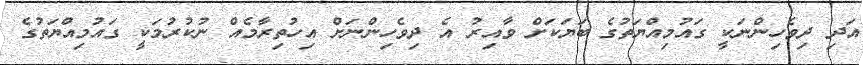
އަދި ދިވެހިންނަކީ ގައުމިއްޔަތުގެ ބަޔަކަށް ވާއިރު އެ ދިވެހިންނަށް އިހުތިރާމެއް ނުކުރުމަކީ ގައުމިއްޔަތުގެ